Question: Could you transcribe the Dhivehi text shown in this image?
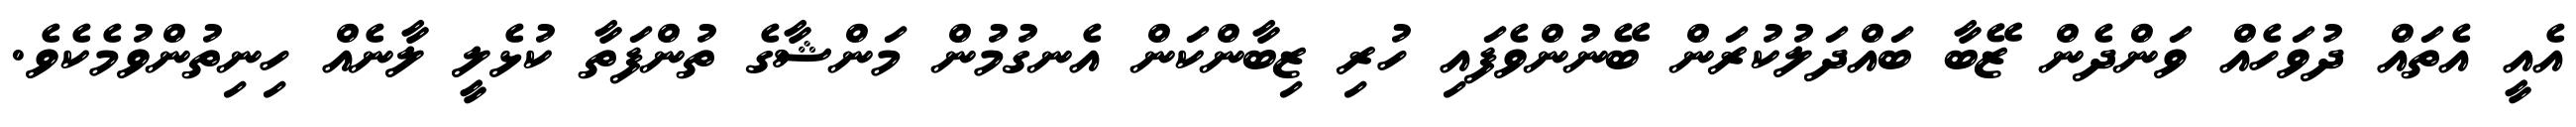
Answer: އެއީ އެތައް ދުވަހެއް ވަންދެން ޒޭބާ ބައްދަލުކުރަން ބޭނުންވެފައި ހުރި ޒިބާންކަން އެނގުމުން މަންޝާގެ ތުންފަތާ ކުޅެލީ ލާނެއް ހިނިތުންވުމެކެވެ.